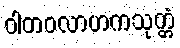
ဝါတဝလာဟကသုတ္တံ